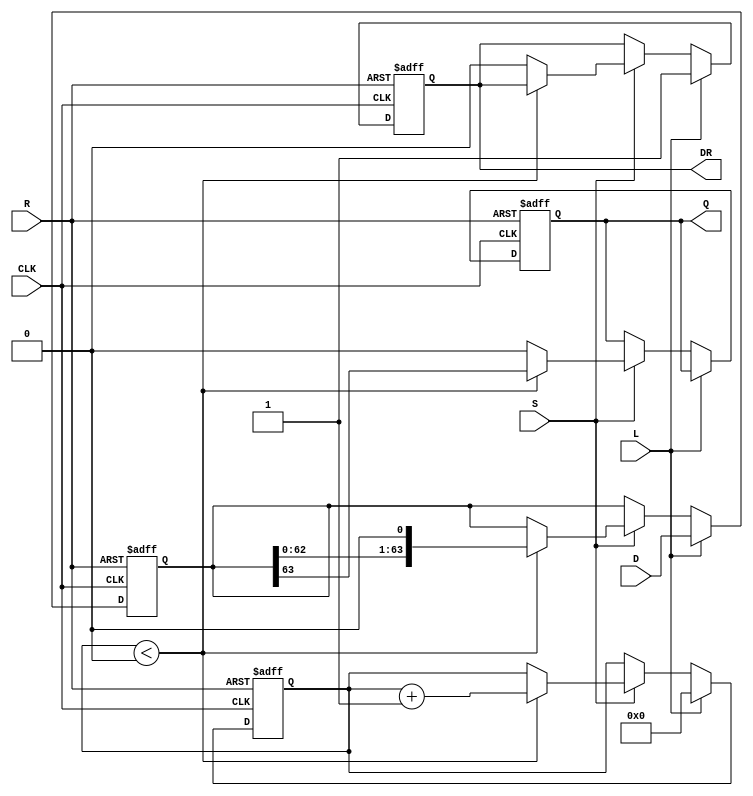
module PISO_Register (
    input wire [63:0] D,        // 64-bit parallel data input
    input wire L,               // Load control signal
    input wire CLK,             // Clock input
    input wire S,               // Shift control signal
    input wire R,               // Asynchronous reset signal
    output reg Q,               // Serial output
    output reg DR               // Data Ready output
);

    reg [63:0] SR;              // Shift Register to hold data
    reg [5:0] count;            // 6-bit counter for shifted bits

    always @(posedge CLK or posedge R) begin
        if (R) begin
            // Asynchronous reset
            SR <= 64'b0;
            Q <= 1'b0;
            count <= 6'b0;
            DR <= 1'b0;
        end else begin
            if (L) begin
                // Load data into shift register when Load is asserted
                SR <= D;
                count <= 6'b0;
                DR <= 1'b1;  // Data is ready after loading
            end else if (S) begin
                // Shift data when Shift is asserted
                if (count < 6'd64) begin
                    Q <= SR[63]; // Output the MSB
                    SR <= {SR[62:0], 1'b0}; // Shift left
                    count <= count + 1;
                end else begin
                    // All bits have been shifted out
                    Q <= 1'b0; // Output can be considered idle
                    DR <= 1'b0; // Data is no longer ready
                end
            end
        end
    end

endmodule